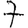
Digit: 7